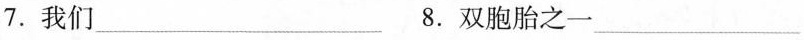
7. 我们___ 8. 双胞胎之一___